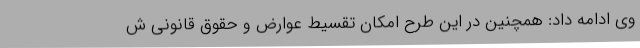
وی ادامه داد: همچنین در این طرح امکان تقسیط عوارض و حقوق قانونی ش